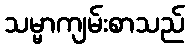
သမ္မာကျမ်းစာသည်